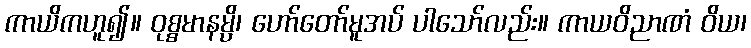
ကာယိကဟူ၍။ ဝုစ္စမာနမ္ပိ၊ ဟော်တော်မူအပ် ပါသော်လည်း။ ကာယဝိညာဏံ ဝိယ၊